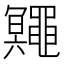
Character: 鼆